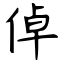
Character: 倬